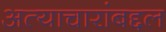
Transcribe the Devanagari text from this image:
अत्याचारांबद्दल